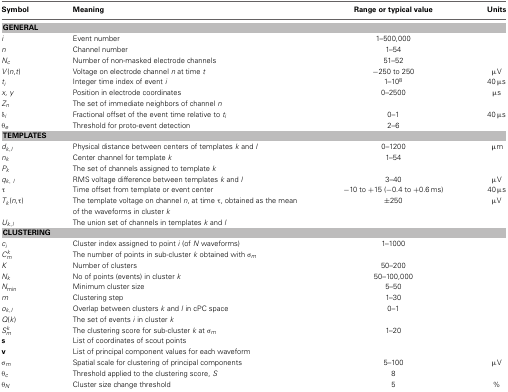
| Symbol | Meaning | Range or typical value | Units |
 | --- | --- | --- | --- |
 | <COLSPAN=4> GENERAL |
 | i | Event number | 1–500,000 |  |
 | n | Channel number | 1–54 |  |
 | Nc | Number of non-masked electrode channels | 51–52 |  |
 | V(n,t) | Voltage on electrode channel n at time t | −250 to 250 | μV |
 | ti | Integer time index of event i | 1–108 | 40 μs |
 | x, y | Position in electrode coordinates | 0–2500 | μs |
 | Zn | The set of immediate neighbors of channel n |  |  |
 | δi | Fractional offset of the event time relative to ti | 0–1 | 40 μs |
 | θe | Threshold for proto-event detection | 2–6 |  |
 | <COLSPAN=4> TEMPLATES |
 | dk,l | Physical distance between centers of templates k and l | 0–1200 | μm |
 | nk | Center channel for template k | 1–54 |  |
 | Pk | The set of channels assigned to template k |  |  |
 | qk, l | RMS voltage difference between templates k and l | 3–40 | μV |
 | τ | Time offset from template or event center | −10 to +15 (−0.4 to +0.6 ms) | 40 μs |
 | Tk(n,τ) | The template voltage on channel n, at time τ, obtained as the mean of the waveforms in cluster k | ±250 | μV |
 | Uk,l | The union set of channels in templates k and l |  |  |
 | <COLSPAN=4> CLUSTERING |
 | ci | Cluster index assigned to point i (of N waveforms) | 1–1000 |  |
 | Ckm | The number of points in sub-cluster k obtained with σm |  |  |
 | K | Number of clusters | 50–200 |  |
 | Nk | No of points (events) in cluster k | 50–100,000 |  |
 | Nmin | Minimum cluster size | 5–50 |  |
 | m | Clustering step | 1–30 |  |
 | ok,l | Overlap between clusters k and l in cPC space | 0–1 |  |
 | Q(k) | The set of events i in cluster k |  |  |
 | Skm | The clustering score for sub-cluster k at σm | 1–20 |  |
 | s | List of coordinates of scout points |  |  |
 | v | List of principal component values for each waveform |  |  |
 | σm | Spatial scale for clustering of principal components | 5–100 | μV |
 | θc | Threshold applied to the clustering score, S | 8 |  |
 | θN | Cluster size change threshold | 5 | % |